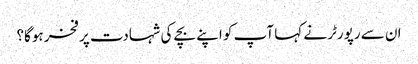
ان سے رپورٹر نے کہا آپ کو اپنے بچے کی شہادت پر فخر ہوگا؟